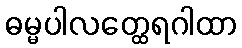
ဓမ္မပါလတ္ထေရဂါထာ